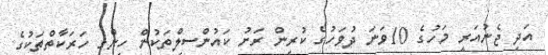
އަދި ޖެނުއަރީ މަހުގެ 10ވަނަ ދުވަހުގެ ކުރިން ރަށު ކައުންސިލްތަކުން ހިންގި ހަރަކާތްތަކުގެ